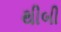
થીબી